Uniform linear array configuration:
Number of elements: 48
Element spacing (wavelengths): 0.75
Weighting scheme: hamming
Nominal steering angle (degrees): -15
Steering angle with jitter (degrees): -16.247
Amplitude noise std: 0.05
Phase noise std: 0.05

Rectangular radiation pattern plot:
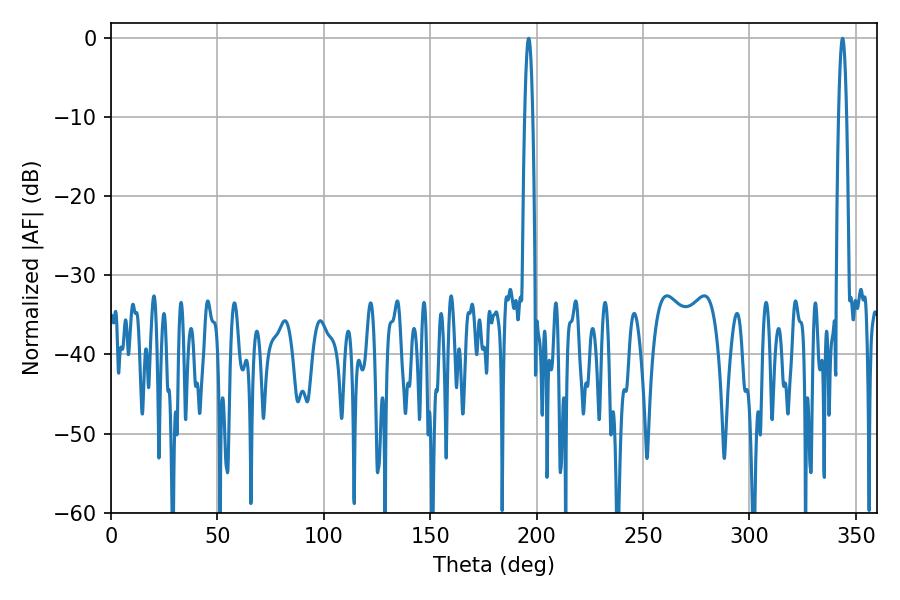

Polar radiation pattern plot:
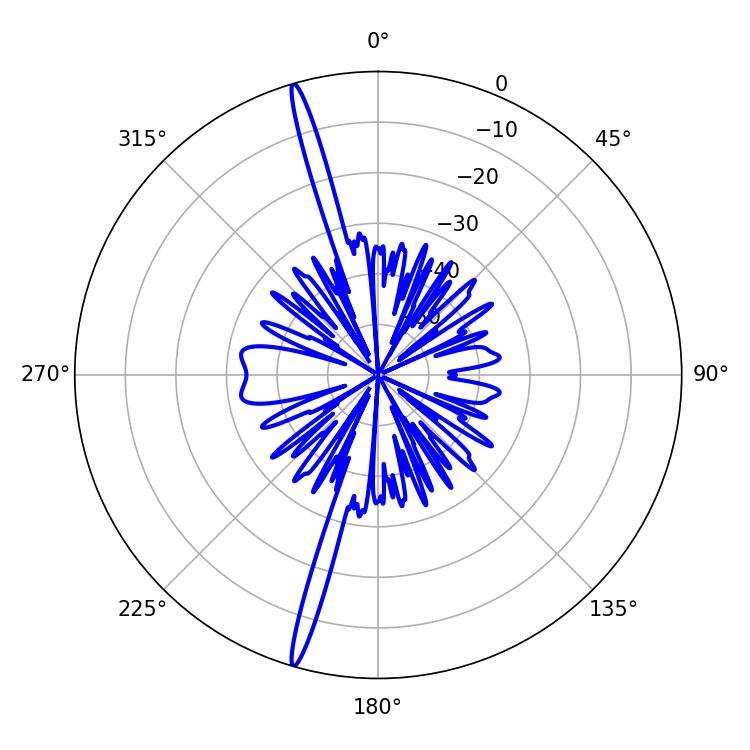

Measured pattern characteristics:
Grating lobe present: TRUE
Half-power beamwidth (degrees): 1.98
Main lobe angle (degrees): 196.2